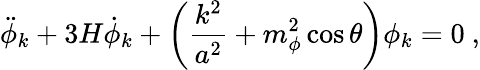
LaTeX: \ddot{\phi}_{k}+3H\dot{\phi}_{k}+\left({\frac{k^{2}}{a^{2}}}+m_{\phi}^{2}\cos\theta\right)\phi_{k}=0\ ,